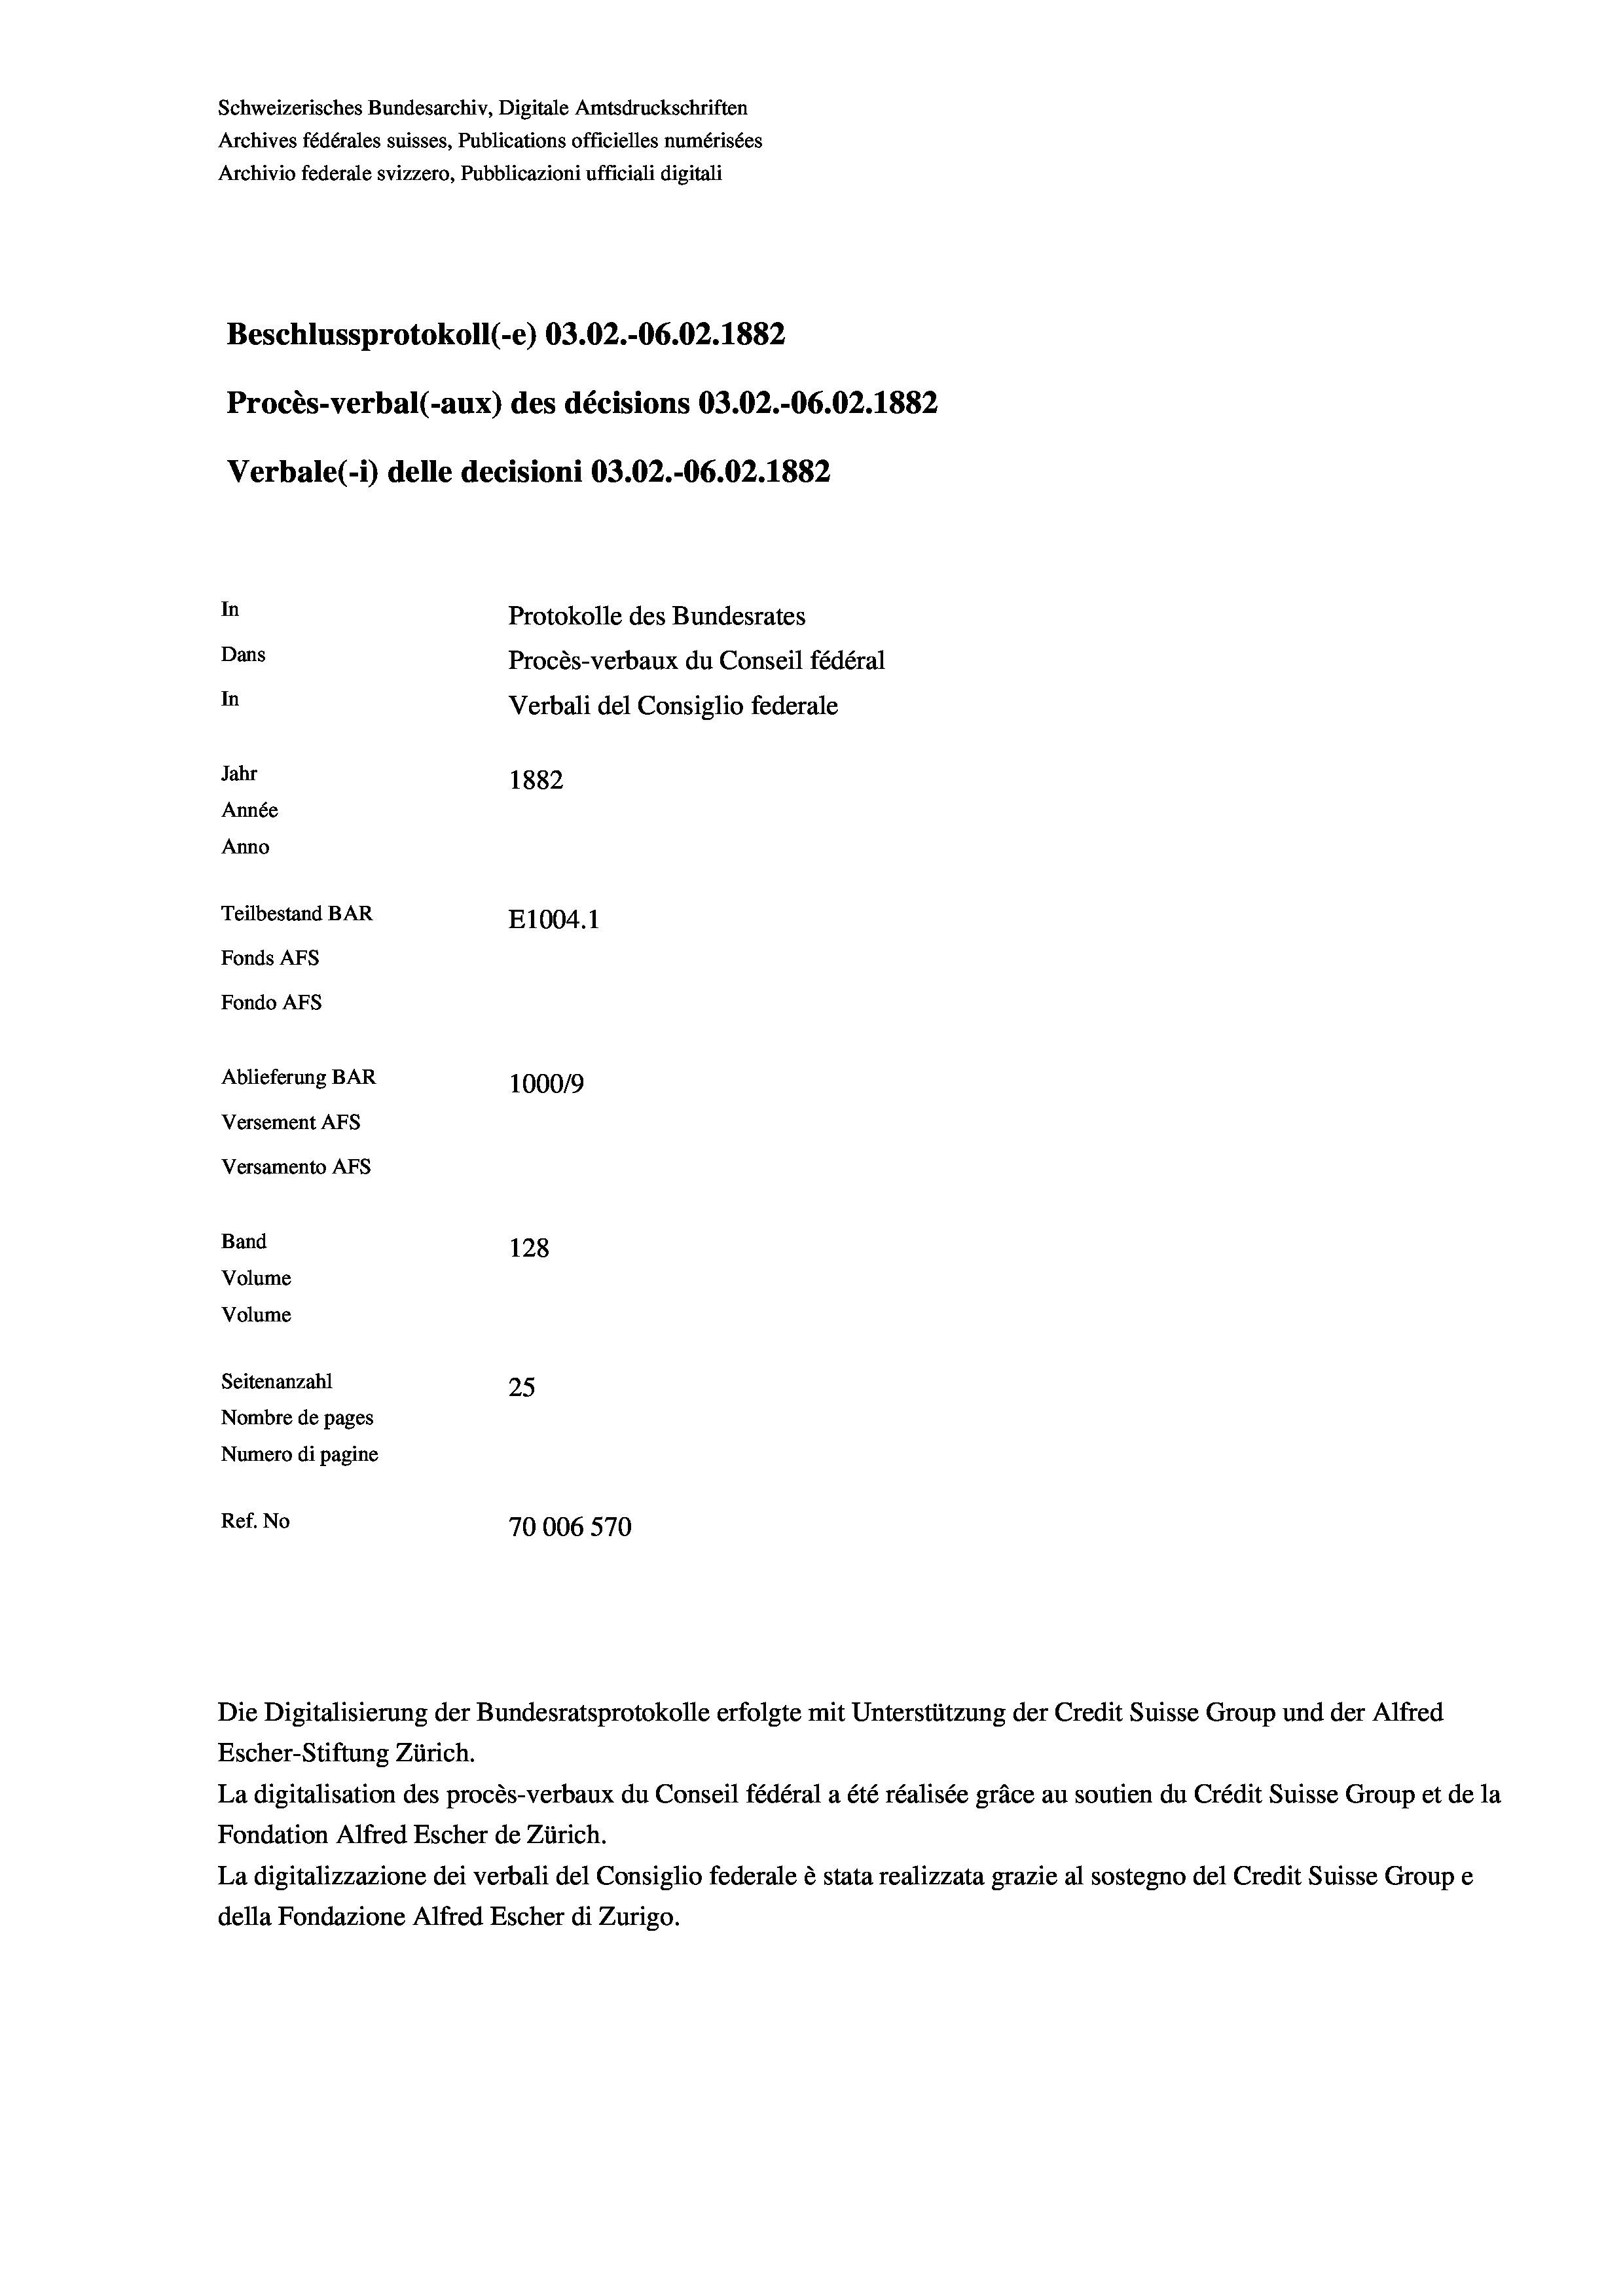
Beschlussprotokoll (-e) 03.02.-06.02. 1882
Procès-verbal (-aux) des décisions 03.02.-06.02. 1882
Verbale(-*) delle decisioni 03.02.-06.02. 1882
In
Protokolle des Bundesrates
Dans
Procès-verbaux du Conseil fédéral
In
Verbali del Consiglio federale
Jahr
1882
Année
Anno
Teilbestand BAR
E1004. 1
Fonds AFs
Fondo AFS
Ablieferung BAR
100019
Versement AFs
Versamento AFs

Band
Volume
Volume

128
Seitenanzahl
25
Nombre de pages
Numero di pagine
Ref. No
70006570

Schweizerisches Bundesarchiv, Digitale Amtsdruckschriften
Archives fédérales suisses, Publications officielles numérisées
Archivio federale svizzero, Pubblicazioni ufficiali digitali

Escher-Stiftung Zürich.
La digitalisation des procès-verbaux du Conseil fédéral a été réalisée gräce au soutien du Crédit Suisse Group et de la
Fondation Alfred Escher de Zürich.
La digitalizzazione dei verbali del Consiglio federale è stata realizzata grazie al sostegno del Credit Suisse Groupe
della Fondazione Alfred Escher di Zurigo.

Die Digitalisierung der Bundesratsprotokolle erfolgte mit Unterstützung der Credit Suisse Group und der Alfred